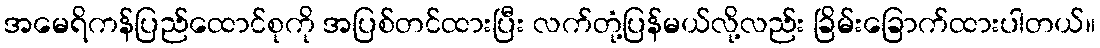
အမေရိကန်ပြည်ထောင်စုကို အပြစ်တင်ထားပြီး လက်တုံ့ပြန်မယ်လို့လည်း ခြိမ်းခြောက်ထားပါတယ်။